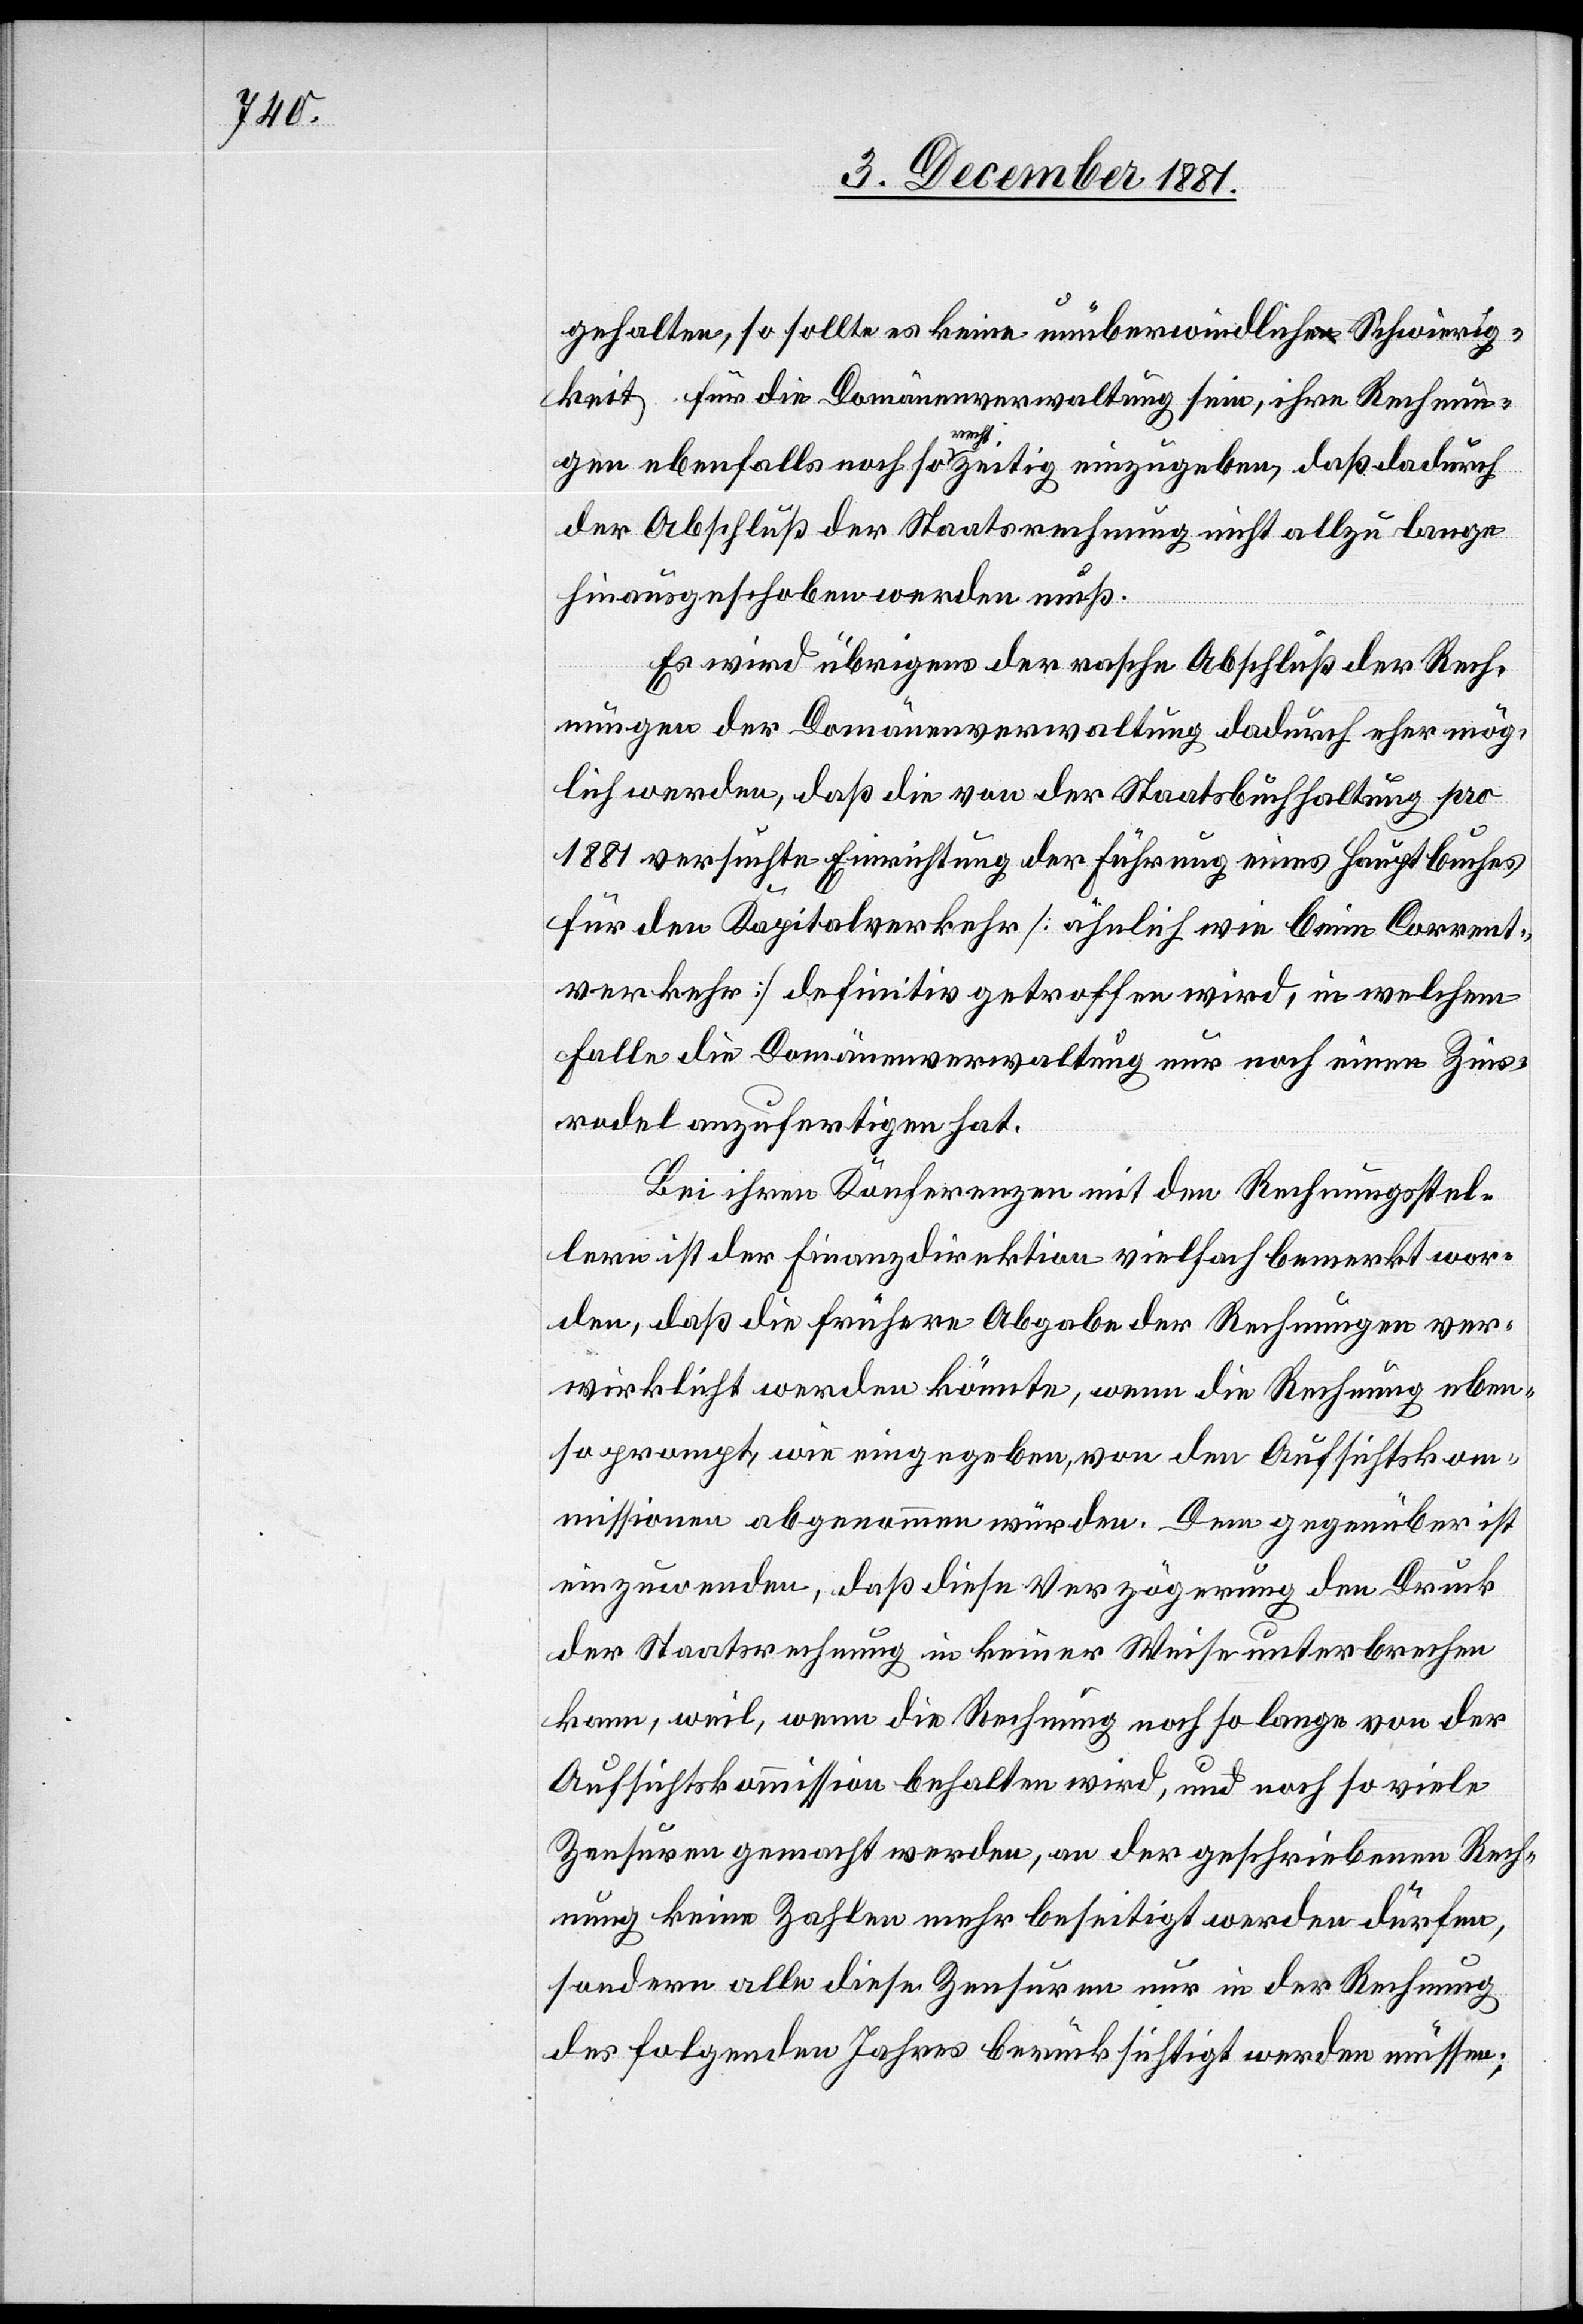
gehalten, so sollte es keine unüberwindliche Schwierig¬
keit für die Domänenverwaltung sein, ihre Rechnun¬
gen ebenfalls noch so rechtzeitig einzugeben, daß dadurch
der Abschluß der Staatsrechnung nicht allzu lange
hinausgeschoben werden muß.
Es wird übrigens der rasche Abschluß der Rech¬
nungen der Domänenverwaltung dadurch eher mög¬
lich werden, daß die von der Staatsbuchhaltung pro
1881 versuchte Einrichtung der Führung eines Hauptbuches
für den Kapitalverkehr [ähnlich wie beim Corrent¬
verkehr] definitiv getroffen wird, in welchem
Falle die Domänenverwaltung nur noch einen Zins¬
rodel auszufertigen hat.
Bei ihren Konferenzen mit den Rechnungsstel¬
lern ist der Finanzdirektion vielfach bemerkt wor¬
den, daß die frühere Abgabe der Rechnungen ver¬
wirklicht werden könnte, wenn die Rechnung eben¬
so prompt, wie eingegeben, von den Aufsichtskom¬
missionen abgenommen würden. Dem gegenüber ist
einzuwenden, daß diese Verzögerung den Druck
der Staatsrechnung in keiner Weise unterbrechen
kann, weil, wenn die Rechnung noch so lange von der
Aufsichtskommission behalten wird, und noch so viele
Zensuren gemacht werden, an der geschriebenen Rech¬
nung keine Zahlen mehr beseitigt werden dürfen,
sondern alle diese Zensuren nur in der Rechnung
des folgenden Jahres berücksichtigt werden müssen;